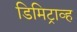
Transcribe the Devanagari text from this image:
डिमिट्राव्ह